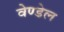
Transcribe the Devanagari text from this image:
वेण्डेल